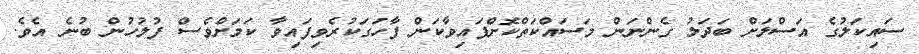
ސައިކަލުގެ އަސްލަށް ބަދަލު ގެންނަން މަސައްކަތްކޮށްފައިވާކަން ފާހަގަކުރެވިފައިވާ ކަމަށްވެސް ފުލުހުން ބުނެ އެވެ.